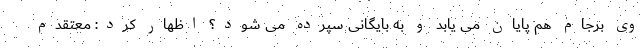
وی برجام هم پایان می یابد و به بایگانی سپرده می شود؟ اظهار کرد: معتقدم